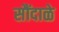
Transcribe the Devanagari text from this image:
सौंदाळे